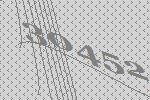
30452